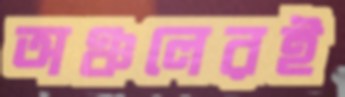
অঞ্চলেরই